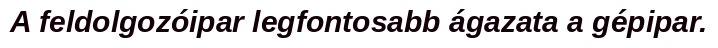
A feldolgozóipar legfontosabb ágazata a gépipar.